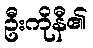
ဦးကိုနီ၏